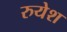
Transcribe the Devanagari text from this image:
रुयेश